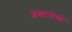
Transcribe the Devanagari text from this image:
ॲक्टमेध्ये